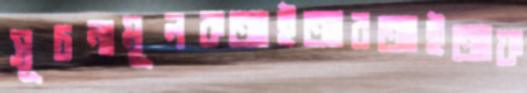
সূচনামূলকআইআরআইআফ